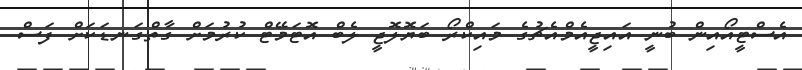
އެސްޓީއޯއިން ބުނީ އައިޖީއެމްއެޗުގެ މައިކްރޯ ބަޔޮލޮޖީ ލެބް އޮޓަމޭޓް ކުރުމަށް ގާތްގަނޑަކަށް ފަސް